Lunatic asylums Central Provinces reports 1874-1885 - 1874-1885
Year: 1874
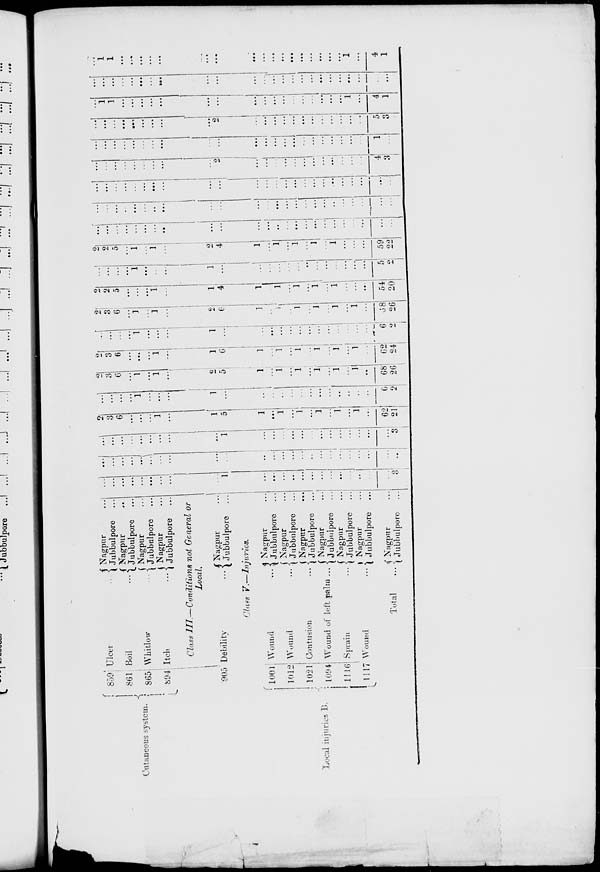
Cutaneous system.
859
861
865
894
905
Local injuries B.
1001
1012
1021
1094
1116
1117
Ulcer ...
Boil …
Whitlow …
Itch …
Nagpur
...
Jubbulpore …
Nagpur …
Jubbulpore …
Nagpur …
Jubbulpore …
Nagpur …
Jubbulpore …
Class III.—Conditions
not General or
Local.
Debility …
Nagpur …
Jubbulpore …
Class V.—Injuries.
Wound …
Wound …
Contusion …
Wound of left palm ...
Sprain …
Wound …
Total …
Nagpur …
Jubbulpore …
Nagpur …
Jubbulpore …
Nagpur …
Jubbulpore …
Nagpur …
Jubbulpore …
Nagpur …
Jubbulpore …
Nagpur …
Jubbulpore …
Nagpur …
Jubbulpore …
…
…
…
…
…
…
…
…
…
1
...
…
…
…
…
...
…
…
…
…
...
…
...
3
...
…
…
…
...
...
…
…
…
…
...
…
…
…
…
…
…
…
…
…
…
…
…
…
...
…
…
…
…
…
…
...
…
1
…
…
…
...
...
...
…
…
…
…
…
...
…
3
2
3
6
…
...
...
1
...
1
5
1
…
1
…
1
...
1
…
1
...
1
...
62
24
…
...
...
...
1
…
…
...
1
...
…
…
…
…
…
...
...
...
…
…
…
…
6
2
2
3
6
...
1
...
1
...
2
5
1
…
1
...
1
...
1
…
1
…
1
…
68
26
2
3
6
...
…
...
1
…
1
6
1
...
1
…
1
…
1
…
1
…
1
…
62
24
...
…
…
...
1
...
...
...
1
…
…
...
…
…
…
…
…
…
…
…
…
...
6
2
2
3
6
…
1
...
1
…
2
6
1
…
1
…
1
...
1
…
1
…
1
...
68
26
2
2
5
...
...
...
1
…
1
4
1
…
1
…
1
...
1
...
1
…
…
...
54
20
…
...
…
...
1
...
…
…
1
…
…
…
…
…
…
…
…
…
…
…
…
...
5
2
2
2
5
…
1
…
1
…
2
4
1
…
1
…
1
…
1
...
1
…
…
...
59
22
…
…
…
…
…
…
…
…
...
…
…
...
…
…
…
…
...
…
…
…
…
…
…
…
...
…
...
…
…
...
…
...
…
…
…
…
...
...
…
…
…
…
…
…
…
…
…
…
...
...
…
...
…
...
…
...
…
...
…
...
…
...
...
…
...
...
...
...
…
...
…
…
…
…
…
…
…
…
…
…
…
2
...
...
…
...
...
...
…
…
...
…
…
…
4
3
...
...
...
...
...
…
…
…
…
...
...
...
...
...
...
…
...
...
...
...
…
…
1
…
...
…
...
…
…
...
...
...
…
2
…
...
...
...
…
...
...
…
...
...
…
…
5
3
...
1
1
…
…
…
…
…
...
…
...
…
...
...
…
…
…
...
...
...
1
...
4
1
…
...
...
...
...
…
...
…
...
...
…
…
...
…
...
…
...
…
...
...
…
...
…
…
…
1
1
...
…
...
...
...
...
…
...
...
…
…
…
…
...
...
…
...
1
…
4
1